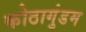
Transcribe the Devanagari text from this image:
कोठागुंडम